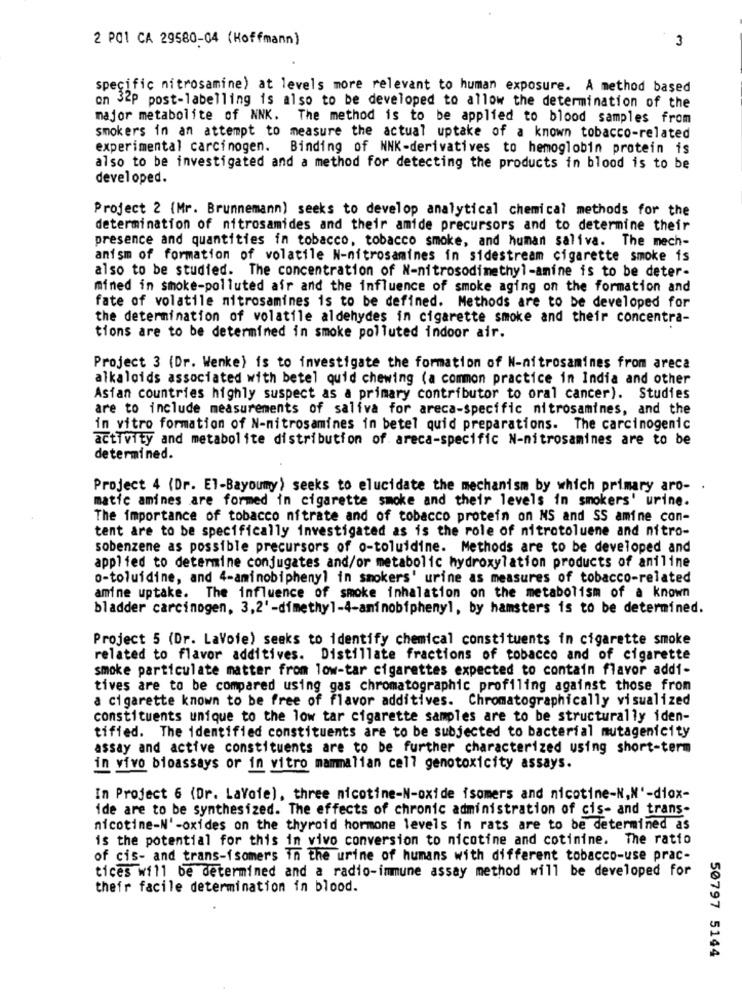
2 PO1 CA 29580-04 (Hoffmann)
3
specific nitrosamine) at levels more relevant to human exposure. A method based
on 32P post-labelling is also to be developed to allow the determination of the
major metabolite of NNK. The method is to be applied to blood samples from
smokers in an attempt to measure the actual uptake of a known tobacco-related
experimental carcinogen. Binding of NNK-derivatives to hemoglobin protein is
also to be investigated and a method for detecting the products in blood is to be
developed.
Project 2 (Mr. Brunnemann) seeks to develop analytical chemical methods for the
determination of nitrosamides and their amide precursors and to determine their
presence and quantities in tobacco, tobacco smoke, and human saliva. The mech-
anism of formation of volatile N-nitrosamines in sidestream cigarette smoke is
also to be studied. The concentration of N-nitrosodimethyl-amine is to be deter-
mined in smoke-polluted air and the influence of smoke aging on the formation and
fate of volatile nitrosamines is to be defined. Methods are to be developed for
the determination of volatile aldehydes in cigarette smoke and their concentra-
tions are to be determined in smoke polluted indoor air.
Project 3 (Dr. Wenke) is to investigate the formation of N-nitrosamines from areca
alkaloids associated with betel quid chewing (a common practice in India and other
Asian countries highly suspect as a primary contributor to oral cancer). Studies
are to include measurements of saliva for areca-specific nitrosamines, and the
in vitro formation of N-nitrosamines in betel quid preparations. The carcinogenic
activity and metabolite distribution of areca-specific N-nitrosamines are to be
determined.
Project 4 (Dr. El-Bayoumy) seeks to elucidate the mechanism by which primary aro- .
matic amines are formed in cigarette smoke and their levels in smokers' urine.
The importance of tobacco nitrate and of tobacco protein on NS and SS amine con-
tent are to be specifically investigated as is the role of nitrotoluene and nitro-
sobenzene as possible precursors of o-toluidine. Methods are to be developed and
applied to determine conjugates and/or metabolic hydroxylation products of aniline
o-toluidine, and 4-aminobiphenyl in smokers' urine as measures of tobacco-related
amine uptake. The influence of smoke inhalation on the metabolism of a known
bladder carcinogen, 3,2' -dimethyl-4-aminobfphenyl, by hamsters is to be determined.
Project 5 (Dr. LaVoie) seeks to identify chemical constituents in cigarette smoke
related to flavor additives. Distillate fractions of tobacco and of cigarette
smoke particulate matter from low-tar cigarettes expected to contain flavor addi-
tives are to be compared using gas chromatographic profiling against those from
a cigarette known to be free of flavor additives. Chromatographically visualized
constituents unique to the low tar cigarette samples are to be structurally iden-
tified. The identified constituents are to be subjected to bacterial mutagenicity
assay and active constituents are to be further characterized using short-term
in vivo bioassays or in vitro mammalian cell genotoxicity assays.
In Project 6 (Dr. Lavoie), three nicotine-N-oxide isomers and nicotine-N,N'-diox-
ide are to be synthesized. The effects of chronic administration of cis- and trans-
nicotine-N' -oxides on the thyroid hormone levels in rats are to be determined as
is the potential for this in vivo conversion to nicotine and cotinine. The ratio
of cis- and trans-isomers in the urine of humans with different tobacco-use prac-
tices will be determined and a radio-immune assay method will be developed for
their facile determination in blood.
50797 5144